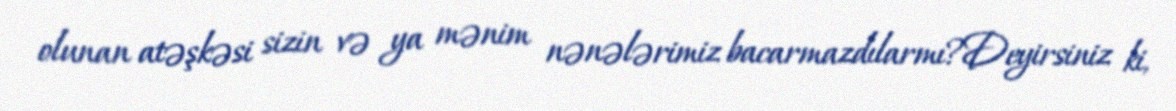
olunan atəşkəsi sizin və ya mənim nənələrimiz bacarmazdılarmı?Deyirsiniz ki,